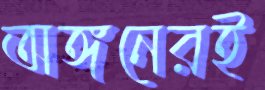
অঙ্গনেরই